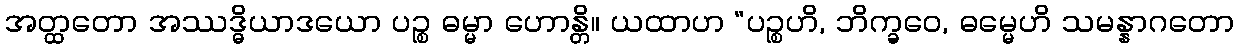
အတ္ထတော အဿဒ္ဓိယာဒယော ပဉ္စ ဓမ္မာ ဟောန္တိ။ ယထာဟ “ပဉ္စဟိ, ဘိက္ခဝေ, ဓမ္မေဟိ သမန္နာဂတော